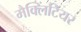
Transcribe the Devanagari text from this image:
मैक्लिंटियर